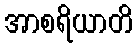
အာစရိယာတိ